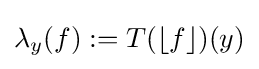
\lambda _{y}(f):=T(\lfloor f\rfloor )(y)